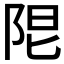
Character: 𨹎